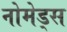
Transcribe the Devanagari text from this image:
नोमेड्स